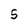
Character: S